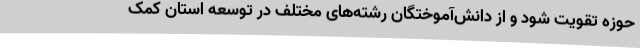
حوزه تقویت شود و از دانش‌آموختگان رشته‌های مختلف در توسعه استان کمک